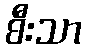
စီးသာ